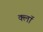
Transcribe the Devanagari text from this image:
क्लॉ